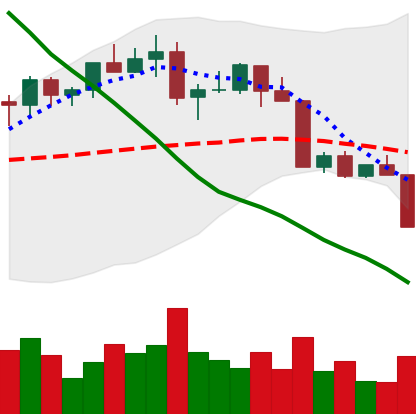
Ticker: LTC-USD
Chart end date: 2022-04-11
Forward return: 11.523%
Label: up_7plus